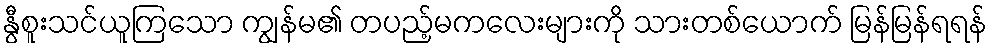
နွီစူးသင်ယူကြသော ကျွန်မ၏ တပည့်မကလေးများကို သားတစ်ယောက် မြန်မြန်ရရန်